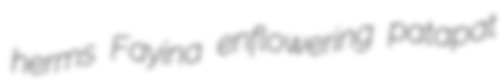
herms Fayina enflowering patapat